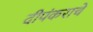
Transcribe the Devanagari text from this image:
दीपंकराचे